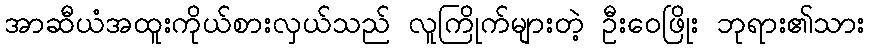
အာဆီယံအထူးကိုယ်စားလှယ်သည် လူကြိုက်များတဲ့ ဦးဝေဖြိုး ဘုရား၏သား